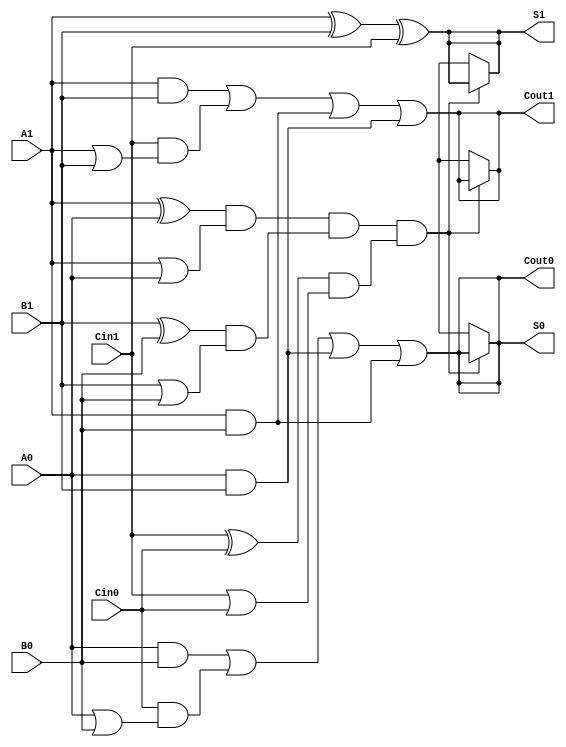
module dual_rail_full_adder (
    input  wire A1, A0,  // Dual-rail representation of input A
    input  wire B1, B0,  // Dual-rail representation of input B
    input  wire Cin1, Cin0, // Dual-rail representation of carry-in (Cin)
    output wire S1, S0, // Dual-rail representation of sum output (S)
    output wire Cout1, Cout0 // Dual-rail representation of carry-out output (Cout)
);

// Internal signals for the intermediate calculations
wire A_valid, B_valid, Cin_valid;

// Check for valid states
assign A_valid = (A1 ^ A0) & (A1 | A0);
assign B_valid = (B1 ^ B0) & (B1 | B0);
assign Cin_valid = (Cin1 ^ Cin0) & (Cin1 | Cin0);

// Sum Output (S)
assign S1 = (A1 ^ B1) ^ Cin1;
assign S0 = (A0 & B0) | (Cin0 & (A0 | B0)) | (A0 & B1) | (A1 & B0);

// Carry Output (Cout)
assign Cout1 = (A1 & B1) | (Cin1 & (A1 | B1)) | (A1 & B0) | (A0 & B1);
assign Cout0 = (A0 & B0) | (Cin0 & (A0 | B0)) | (A0 & B1) | (A1 & B0);

// Handle invalid states
assign S1 = (A_valid & B_valid & Cin_valid) ? S1 : 1'bx;
assign S0 = (A_valid & B_valid & Cin_valid) ? S0 : 1'bx;
assign Cout1 = (A_valid & B_valid & Cin_valid) ? Cout1 : 1'bx;
assign Cout0 = (A_valid & B_valid & Cin_valid) ? Cout0 : 1'bx;

endmodule